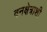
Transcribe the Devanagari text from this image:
वनक्षेत्राशी